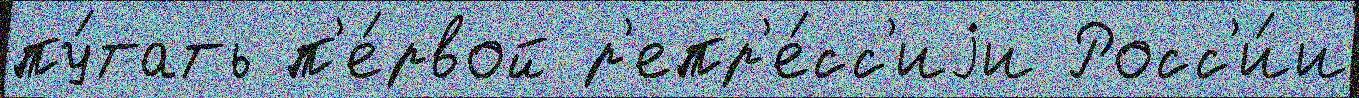
пу́тать п'е́рвой р'епр'е́сс'иjи Росс'и́и